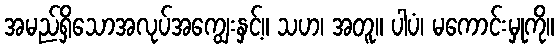
အမည်ရှိသောအလုပ်အကျွေးနှင့်။ သဟ၊ အတူ။ ပါပံ၊ မကောင်းမှုကို။